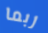
ربما